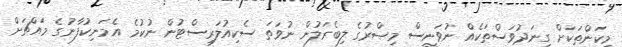
މިކަންތަކަށް ގިނަދުވަސްތަކެއް ނުވަނީސް މިޞްރުގެ ލިބެރަލުން ނުވަތަ ސެކިއުލަރިސްޓުން ނުކުމެ އެމަނިކުފާނުގެ މައްޗަށް